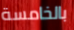
بالخامسة